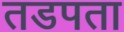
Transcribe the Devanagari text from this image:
तडपता